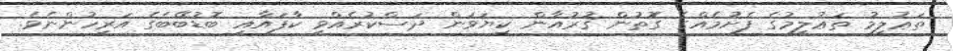
ތަޢުލީމު ތަޢުލީމުގެ ފެށުމެއްގެ ގޮތުން ޤުރުއާން ކިޔަވަން ދަސްކުރެއްވީ ކާފައާއި ބޮޑުބޭބެގެ އަރިހުންނެވެ.